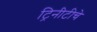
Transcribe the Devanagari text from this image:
ट्रिनीटीचे